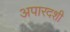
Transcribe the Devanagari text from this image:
अपारदशी